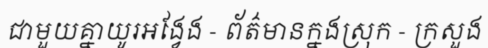
ជាមួយគ្នាយូរអង្វែង - ព័ត៌មានក្នងស្រុក - ក្រសួង